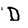
Character: D